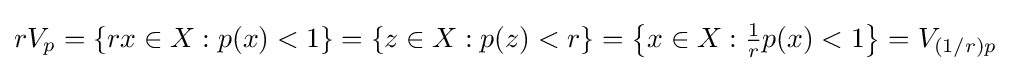
rV_{p}=\{rx\in X:p(x)<1\}=\{z\in X:p(z)<r\}=\left\{x\in X:{\tfrac {1}{r}}p(x)<1\right\}=V_{(1/r)p}